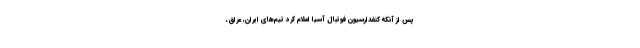
پس از آنکه کنفدارسیون فوتبال آسیا اعلام کرد تیم‌های ایران، عراق،